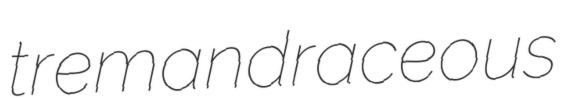
tremandraceous